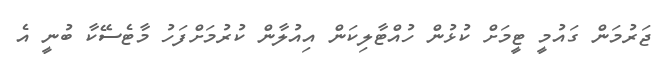
ޖަރުމަން ގައުމީ ޓީމަށް ކުޅުން ހުއްޓާލިކަން އިއުލާން ކުރުމަށްފަހު މާޓެސޭކާ ބުނީ އެ